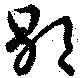
歇